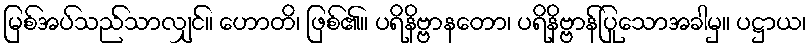
မြစ်အပ်သည်သာလျှင်။ ဟောတိ၊ ဖြစ်၏။ ပရိနိဗ္ဗာနတော၊ ပရိနိဗ္ဗာန်ပြုသောအခါမှ။ ပဋ္ဌာယ၊